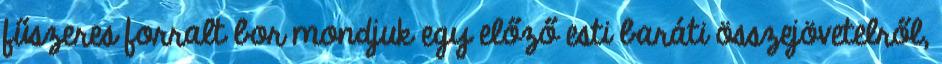
fűszeres forralt bor mondjuk egy előző esti baráti összejövetelről,